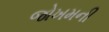
જોખમની